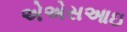
એએસઆઇ